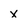
Character: x